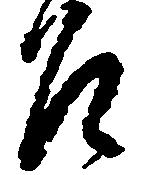
召